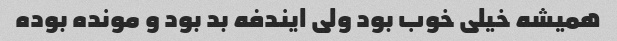
همیشه خیلی خوب بود ولی ایندفه بد بود و مونده بوده